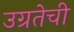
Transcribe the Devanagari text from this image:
उग्रतेची